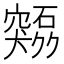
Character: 𫁜